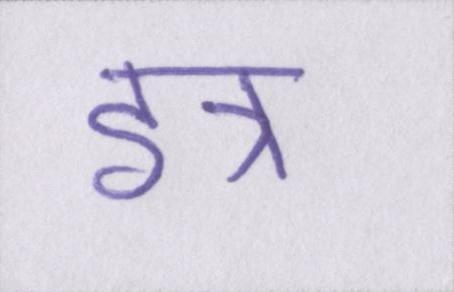
इत्र